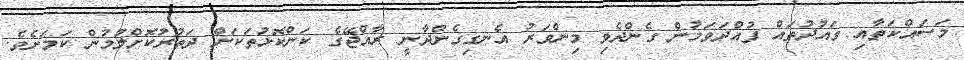
މަސައްކަތާއި ވައުދުތައް ފުއްދަވަމުން ގެންދެވި މިންވަރު އެނގިގެންދާނީ ރާއްޖޭގެ ކަންކޮޅުތަކަށް ދަތުރުކޮށްލުމުން ކަމަށެވެ.